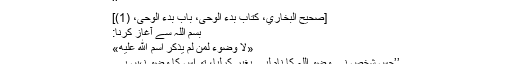
‘‘
[صحیح البخاري، کتاب بدء الوحی، باب بدء الوحی، (1)]
بسم اللہ سے آغاز کرنا:
«لَا وُضُوءَ لِمَنْ لَمْ يَذْكُرْ اسْمَ اللَّهِ عَلَيْهِ»
’’جس شخص نے وضو اللہ کا نام لیے بغیر کرلیا، تو اس کا وضو نہیں ہے۔